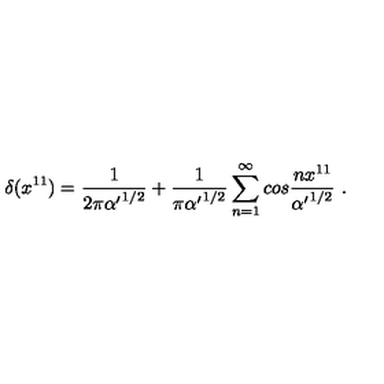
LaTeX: \delta ( x ^ { 1 1 } ) = { \frac { 1 } { 2 \pi { \alpha ^ { \prime } } ^ { 1 / 2 } } } + { \frac { 1 } { \pi { \alpha ^ { \prime } } ^ { 1 / 2 } } } \sum _ { n = 1 } ^ { \infty } c o s { \frac { n x ^ { 1 1 } } { { \alpha ^ { \prime } } ^ { 1 / 2 } } } \ .